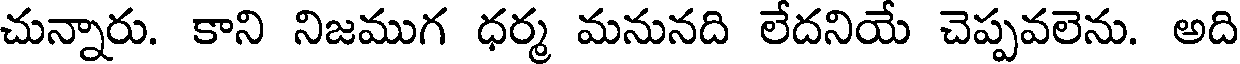
చున్నారు. కాని నిజముగ ధర్మ మనునది లేదనియే చెప్పవలెను. అది